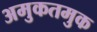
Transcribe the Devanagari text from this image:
अमुकतमुक